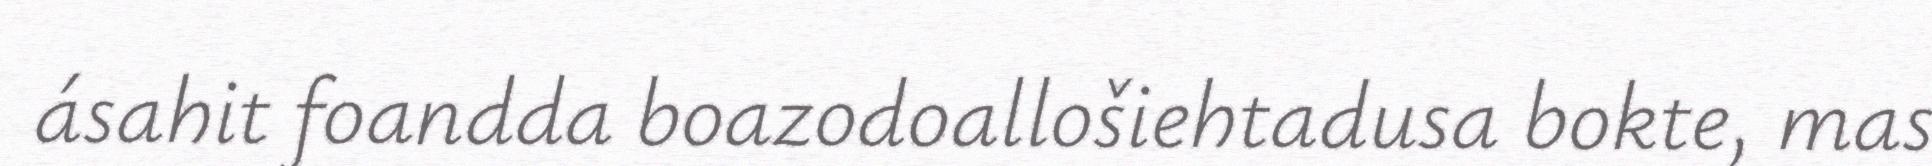
ásahit foandda boazodoallošiehtadusa bokte, mas